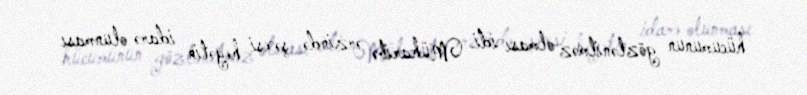
hücumunun gözlənilməz olması idi. Müharibə ərzində şəxsi heyətin idarə olunması